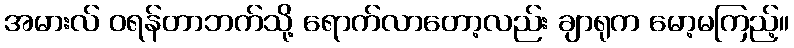
အမားလ် ဝရန်တာဘက်သို့ ရောက်လာတော့လည်း ချာရုက မော့မကြည့်။